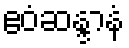
ဧဝံဆန္ဒာနံ